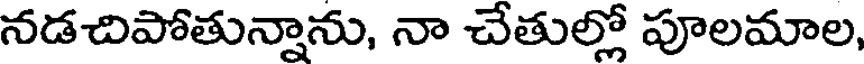
నడచిపోతున్నాను, నా చేతుల్లో పూలమాల,